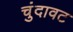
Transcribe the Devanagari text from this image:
चुंदावट